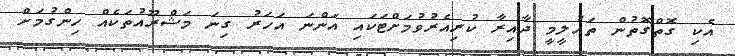
އެކި ގޮތްގޮތުން ތައުލީމީ ދާއިރާ ކުރިއެރުވުމަށްޓަކައި އަންނަ އަހަރު ގިނަ މަޝްރޫއުތަކެއް ހިންގުމަށް